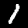
Digit: 1